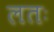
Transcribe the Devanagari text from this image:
लतः